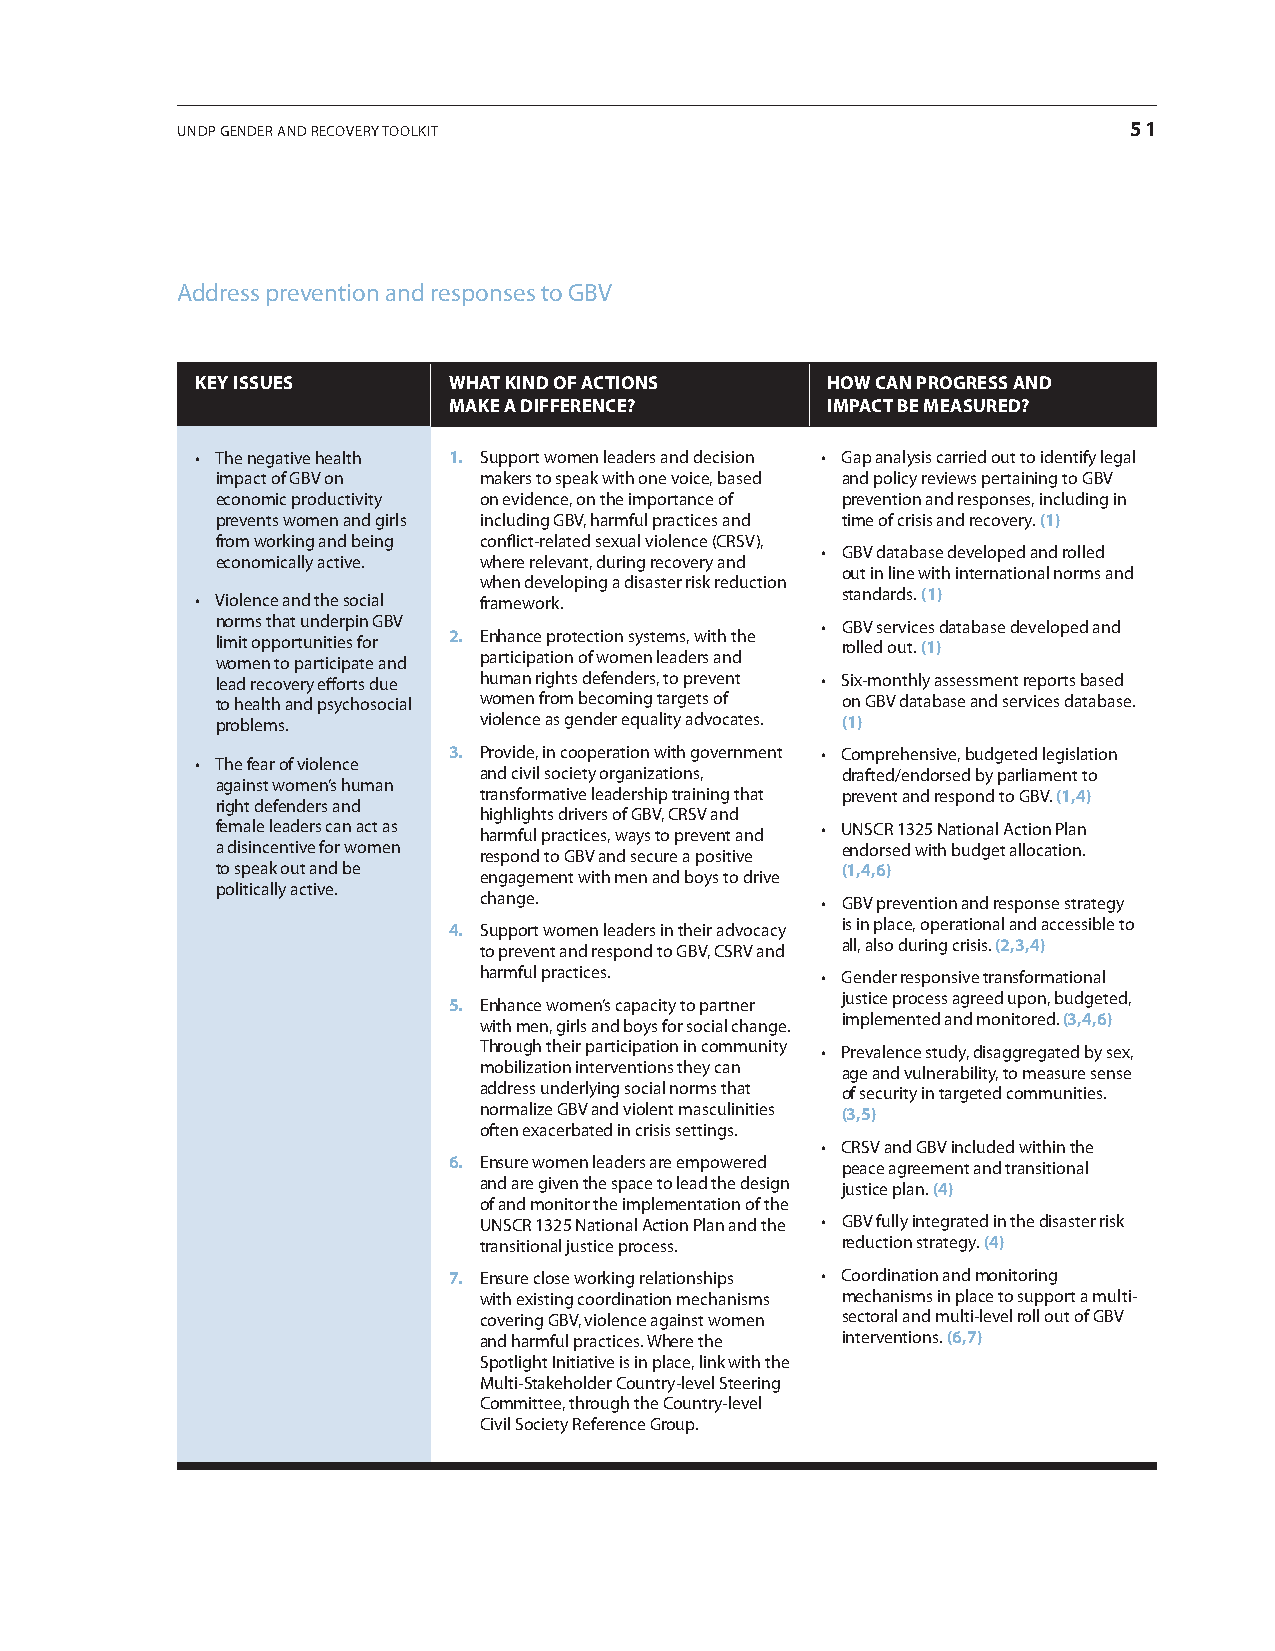
UndP gender and recovery toolkit                               51
 address prevention and responses to gBv
 key issues       WHaT kinD oF acTions     HoW can pRogRess anD
 make a DiFFeRence?       impacT Be measuReD?
 • The negative health 1. support women leaders and decision • Gap analysis carried out to identify legal
 impact of gBv on  makers to speak with one voice, based and policy reviews pertaining to gBv
 economic productivity on evidence, on the importance of prevention and responses, including in
 prevents women and girls including gBv, harmful practices and time of crisis and recovery. (1)
 from working and being conflict-related sexual violence (crsv),
 • GBV database developed and rolled
 economically active. where relevant, during recovery and
 out in line with international norms and
 when developing a disaster risk reduction
 standards. (1)
 • Violence and the social framework.
 norms that underpin gBv                 • GBV services database developed and
 limit opportunities for 2. enhance protection systems, with the rolled out. (1)
 women to participate and participation of women leaders and
 lead recovery efforts due human rights defenders, to prevent • Six-monthly assessment reports based
 to health and psychosocial women from becoming targets of on gBv database and services database.
 problems.         violence as gender equality advocates. (1)
 3. Provide, in cooperation with government • Comprehensive, budgeted legislation
 • The fear of violence
 and civil society organizations, drafted/endorsed by parliament to
 against women’s human
 transformative leadership training that prevent and respond to gBv. (1,4)
 right defenders and
 highlights drivers of gBv, crsv and
 female leaders can act as               • UNSCR 1325 National Action Plan
 harmful practices, ways to prevent and
 a disincentive for women                  endorsed with budget allocation.
 respond to gBv and secure a positive
 to speak out and be                       (1,4,6)
 engagement with men and boys to drive
 politically active.
 change.               • GBV prevention and response strategy
 is in place, operational and accessible to
 4. support women leaders in their advocacy
 all, also during crisis. (2,3,4)
 to prevent and respond to gBv, csrv and
 harmful practices.    • Gender responsive transformational
 justice process agreed upon, budgeted,
 5. enhance women’s capacity to partner
 implemented and monitored. (3,4,6)
 with men, girls and boys for social change.
 through their participation in community • Prevalence study, disaggregated by sex,
 mobilization interventions they can age and vulnerability, to measure sense
 address underlying social norms that of security in targeted communities.
 normalize gBv and violent masculinities (3,5)
 often exacerbated in crisis settings.
 • CRSV and GBV included within the
 6. ensure women leaders are empowered peace agreement and transitional
 and are given the space to lead the design justice plan. (4)
 of and monitor the implementation of the
 Unscr 1325 national action Plan and the • GBV fully integrated in the disaster risk
 transitional justice process. reduction strategy. (4)
 7. ensure close working relationships • Coordination and monitoring
 with existing coordination mechanisms mechanisms in place to support a multi-
 covering gBv, violence against women sectoral and multi-level roll out of gBv
 and harmful practices. where the interventions. (6,7)
 spotlight initiative is in place, link with the
 multi-stakeholder country-level steering
 committee, through the country-level
 civil society reference group.